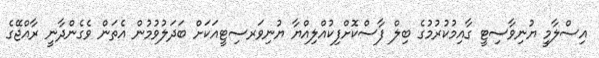
އިސްލާމީ ޔުނިވާސިޓީ ގާއިމުކުރުމުގެ ބިލް ފާސްކޮށްފިކުއްލިއްޔާ ޔުނިވަރސިޓީއަކަށް ބަދަލުވުމުން އެތަން ވެގެންދާނީ ރާއްޖޭގެ